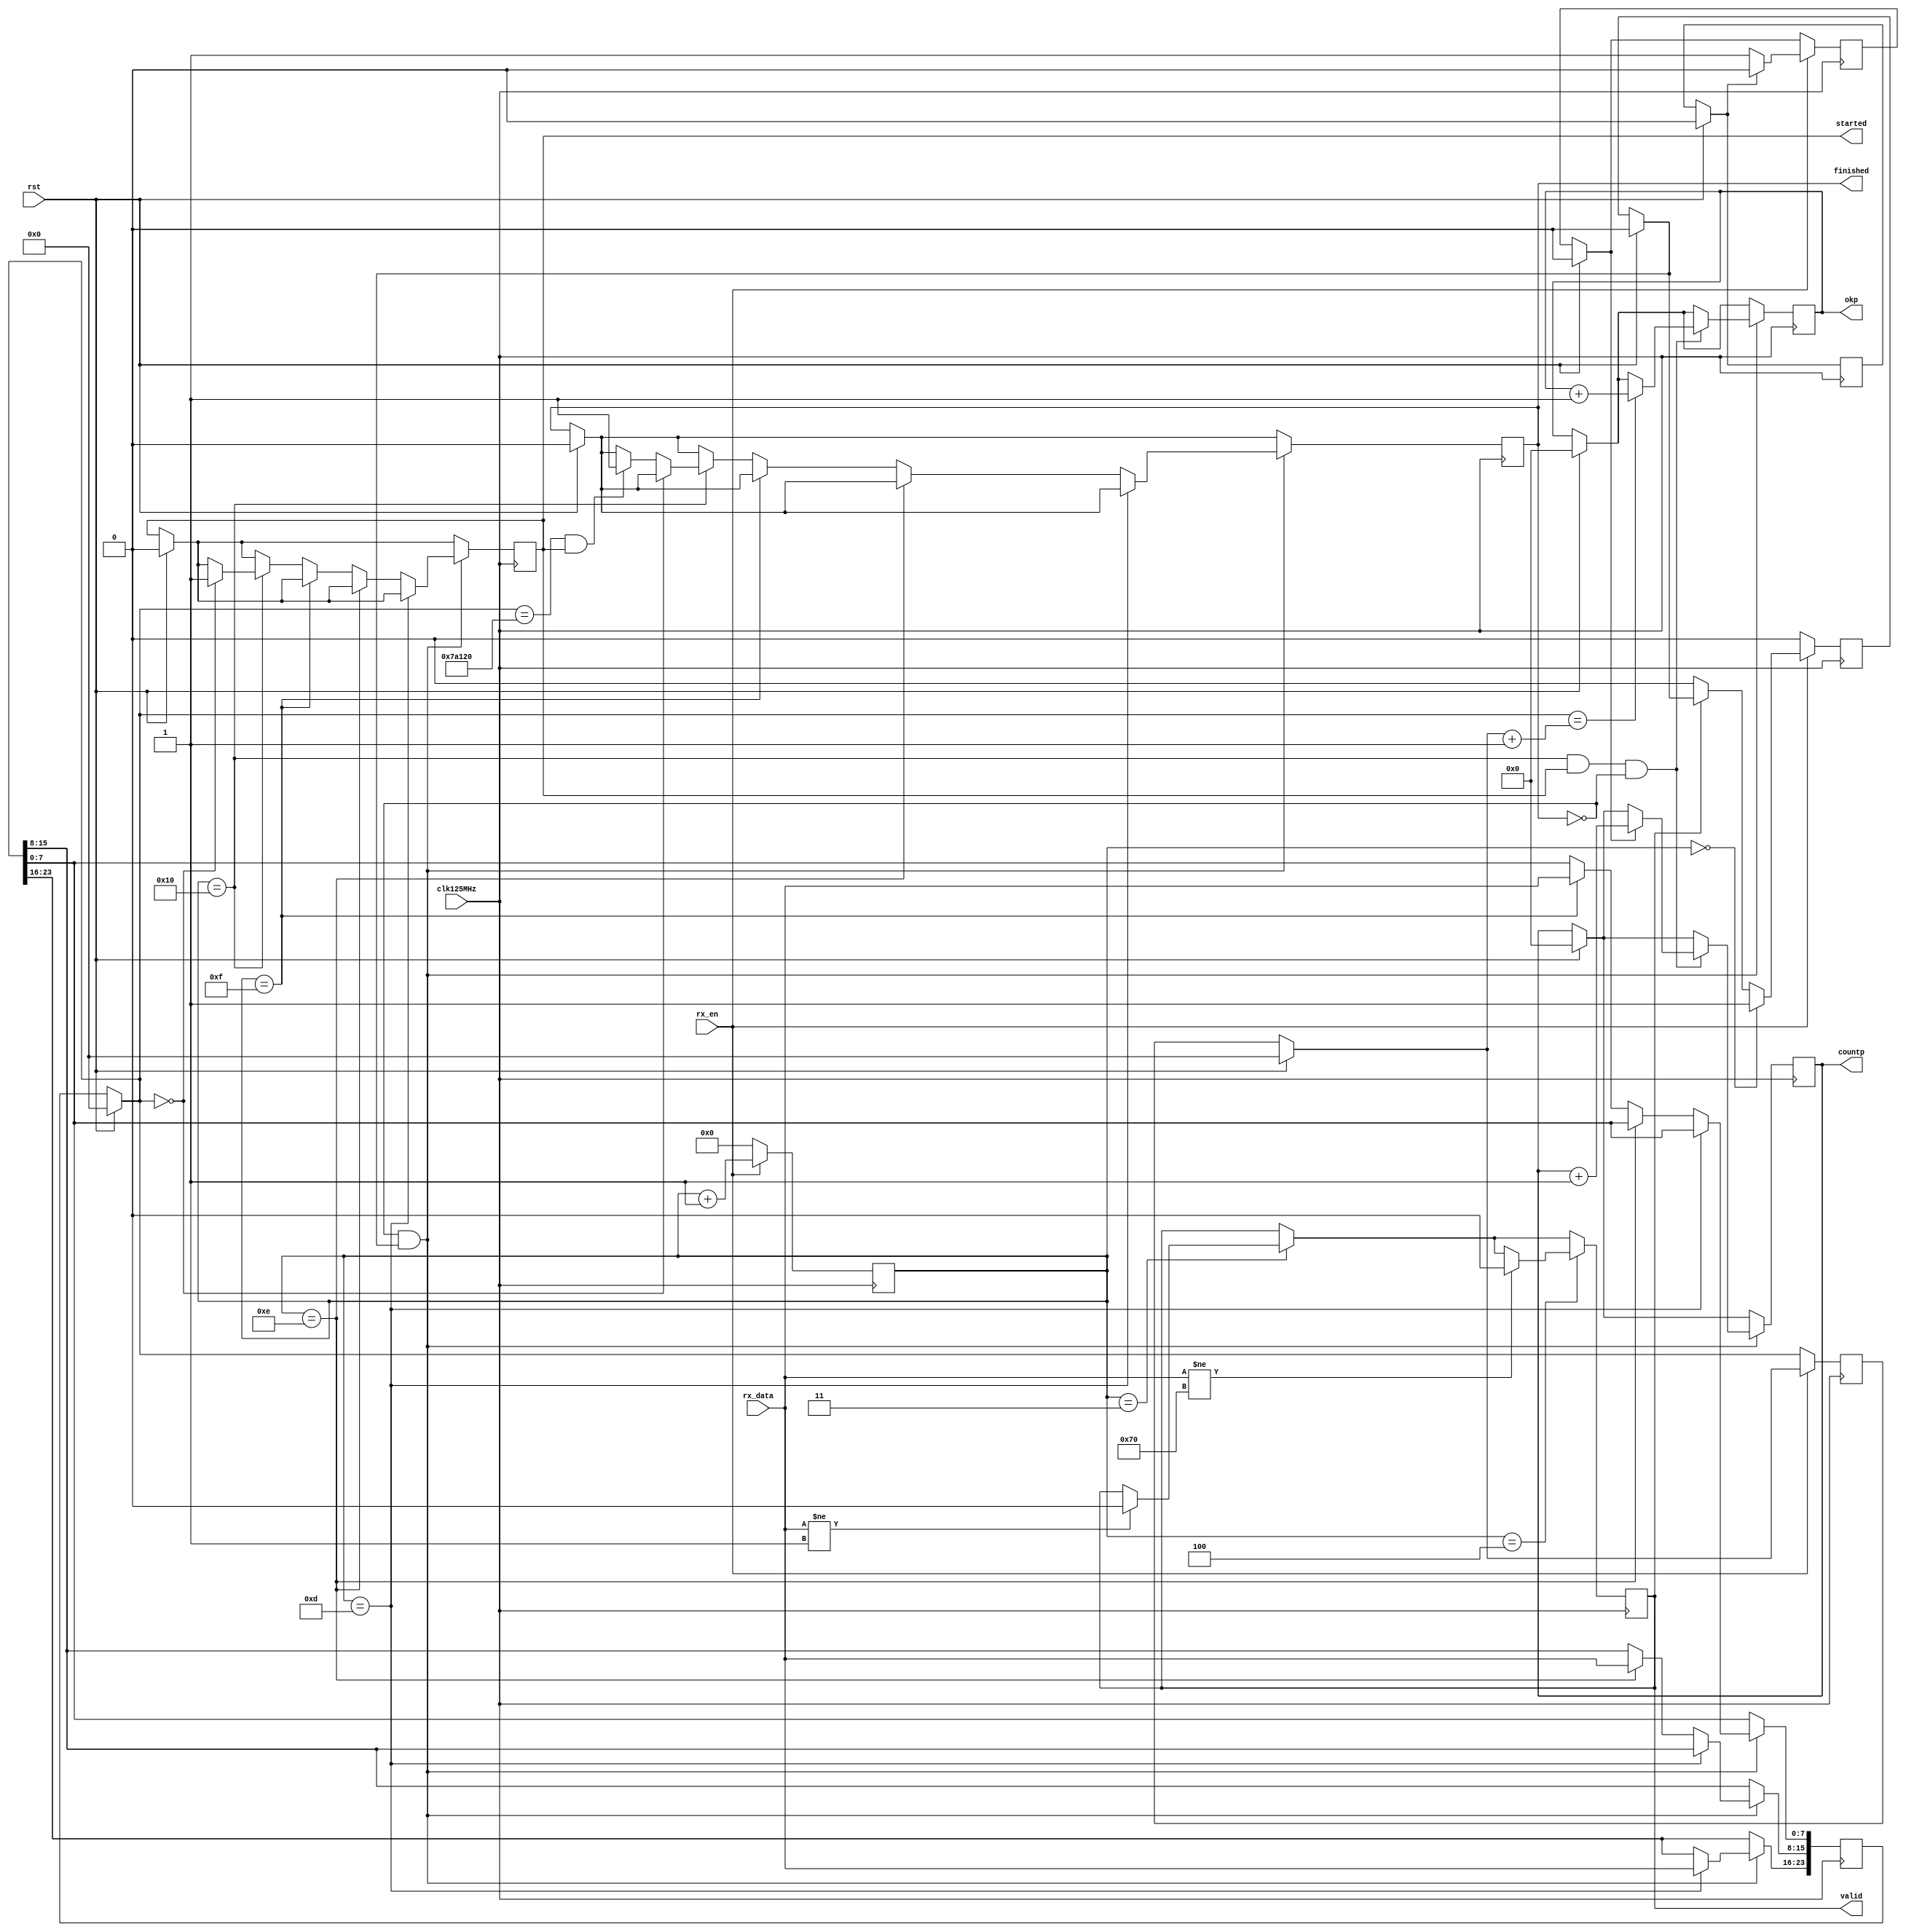
`timescale 1ns / 1ps
//----------------
// log:
// have to detect errors by 'aux' number.
// aux number: 8 bits length.
// --~~ -~ -> --~-~-~-~-~ : 1 clock 
//-------------------

module log #(parameter whereisaux = 0)(
   (* mark_debug = "true" *) input wire rx_en,
   (* mark_debug = "true" *) input wire [7:0] rx_data,
   (* mark_debug = "true" *) input wire rst,
    input wire clk125MHz,
   (* mark_debug = "true" *) output reg [31:0] countp=0,
   (* mark_debug = "true" *) output reg [31:0] okp=0,
   (* mark_debug = "true" *) output reg finished=0,
   (* mark_debug = "true" *) output reg started=0,
   (* mark_debug = "true" *) output wire valid
    
    );
    parameter startplace = 12'd15;
    parameter index_max = 500000;
     (* mark_debug = "true" *) reg [11:0] rxcounter = 0;
    (* mark_debug = "true" *)  reg [23:0] index = 0;
    reg [23:0] index_prev = 0;
    reg en_instant = 0;
    reg rx_en_prev = 0;
    (* mark_debug = "true" *) reg [10:0] ngcount = 0;
   (* mark_debug = "true" *) reg valid_data = 0;
    (* mark_debug = "true" *) reg ng = 0;
    
    
    reg validation = 1'b0;
    //wire validation1 = (rxcounter == 0 && rx_data == 8'h00);
    //wire validation2 = 1'b1;//(rxcounter == 2 && rx_data == 8'hff);
    //wire validation3 = (rxcounter == 3 && rx_data == 8'h04);
    //wire validation4 = (rxcounter == 4 && rx_data == 8'h40);
    //wire validation5 = (rxcounter == 14 && rx_data == 8'h45);
    //wire validation = validation1 && validation2 && validation3 && validation4 && validation5;
    assign valid = validation;
    
    always @(posedge clk125MHz) begin
        if (rst) begin
            validation <= 0;countp<=0;okp<=0;finished<=0;started<=0;validation<=0;ng=0;valid_data=0;ngcount=0;rx_en_prev=0;en_instant=0;index_prev = 0; index = 0;
        end
    
    
        if (rx_en) begin
            rxcounter <= rxcounter + 1'b1;
            if (!rx_en_prev) en_instant <= 1;
            else en_instant <= 0;
            
            if (rxcounter == 0) begin 
                valid_data <= 1;
                validation <= 1;
            end
            else if (!validation)
                valid_data <= 0;
            
        end
        else begin
            valid_data <= 0;
            rxcounter <= 0;
            index_prev <= index;
            
        end
        
//        if (rxcounter == 1)
//            if (rx_data!=8'h00) validation=0;
        if (rxcounter == 3)
            if (rx_data!=8'h01) validation=0;
        if (rxcounter == 4)
            if (rx_data!=8'h70) validation=0;
    
    
        if (!finished && valid_data) begin
        
        if (rxcounter == startplace-2)  begin
            index[23:16] <= rx_data;
        end
        else if (rxcounter == startplace-1) begin
            index[15:8] <= rx_data;
        end
        else if (rxcounter == startplace) begin
            index[7:0] <= rx_data;
        end
        else if (rxcounter == startplace+1) begin
            if (index==0) started <= 1;
            else if (index == index_max && started) finished <= 1;
        end
        
        
        if ((rxcounter == startplace+1) && started && !finished) begin
            if (en_instant) countp <= countp + 1;
            if (index ==  index_prev + 1'b1) begin 
                okp <= okp + 1;
                ng <= 0;
            end
            else begin ng <= 1; ngcount <= ngcount + 1;end
            
        end
        
        
        
        
        end
        
        
        
        
    
    end
    
    
    
endmodule